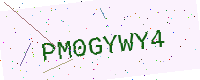
Text: PM0GYWY4